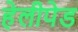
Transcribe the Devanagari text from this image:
हेलीपेड